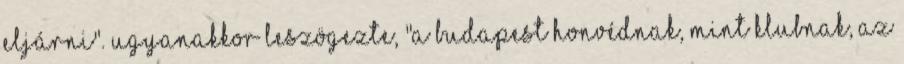
eljárni". Ugyanakkor leszögezte, "a Budapest Honvédnak, mint klubnak, az